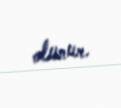
olunur.